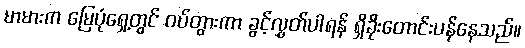
မာမားက မြေပုံရှေ့တွင် ဝပ်တွားကာ ခွင့်လွှတ်ပါရန် ရှိခိုးတောင်းပန်နေသည်။